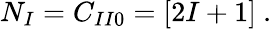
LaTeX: N_{I}=C_{II0}=[2I+1]\ .